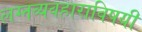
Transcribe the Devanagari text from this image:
लग्नव्यवहाराविषयी